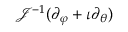
\mathcal { J } ^ { - 1 } ( \partial _ { \varphi } + \iota \partial _ { \theta } )